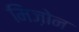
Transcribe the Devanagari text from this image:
मिज़ोन